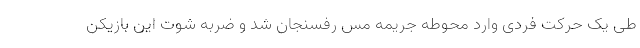
طی یک حرکت فردی وارد محوطه جریمه مس رفسنجان شد و ضربه شوت این بازیکن